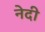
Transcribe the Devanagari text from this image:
नेदी